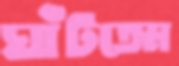
ঘাঁটতেম